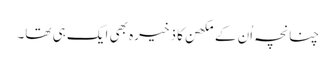
چنانچہ اُن کے مکھن کا ذخیرہ بھی ایک ہی تھا۔